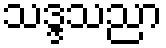
သဒ္ဒသညာ